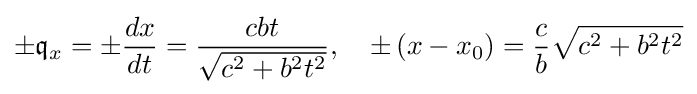
\pm {\mathfrak {q}}_{x}=\pm {\frac {dx}{dt}}={\frac {cbt}{\sqrt {c^{2}+b^{2}t^{2}}}},\quad \pm \left(x-x_{0}\right)={\frac {c}{b}}{\sqrt {c^{2}+b^{2}t^{2}}}